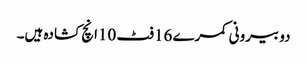
دو بیرونی کمرے 16فٹ 10انچ کشادہ ہیں۔